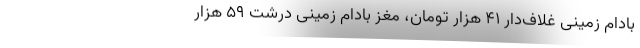
بادام زمینی غلاف‌دار ۴۱ هزار تومان، مغز بادام زمینی درشت ۵۹ هزار